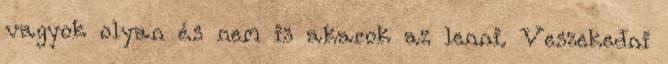
vagyok olyan és nem is akarok az lenni. Veszekedni